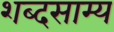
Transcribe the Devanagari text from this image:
शब्दसाम्य